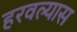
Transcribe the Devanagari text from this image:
हरवल्यास